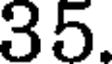
35.